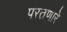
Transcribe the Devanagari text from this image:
परतणारे